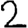
Digit: 2